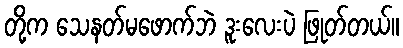
တို့က သေနတ်မဖောက်ဘဲ ဒူးလေးပဲ ဖြုတ်တယ်။